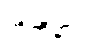
အိုကီနာဝါ